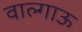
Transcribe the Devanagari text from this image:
वाल्गाऊ